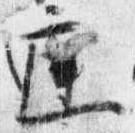
庭